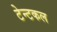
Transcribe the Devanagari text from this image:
टेन्टकल